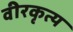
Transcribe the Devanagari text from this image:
वीरकृत्य